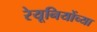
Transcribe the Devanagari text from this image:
रेयूनियोंच्या